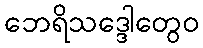
ဘေရိသဒ္ဒေါတွေဝ